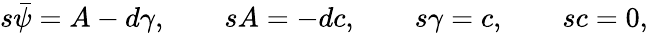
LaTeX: s{\bar{\psi}}=A-d{\gamma},\quad\quad sA=-dc,\quad\quad s\gamma=c,\quad\quad sc=0,